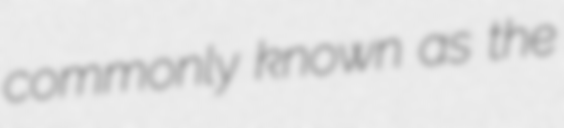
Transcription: commonly known as the